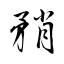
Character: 矟